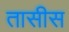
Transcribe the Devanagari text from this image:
तासीस